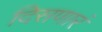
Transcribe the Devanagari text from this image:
दिसणारं